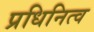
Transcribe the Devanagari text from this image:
प्रधिनित्व